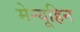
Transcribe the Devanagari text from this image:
मेन्यूहिन